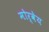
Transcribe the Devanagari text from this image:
मोर्वेय